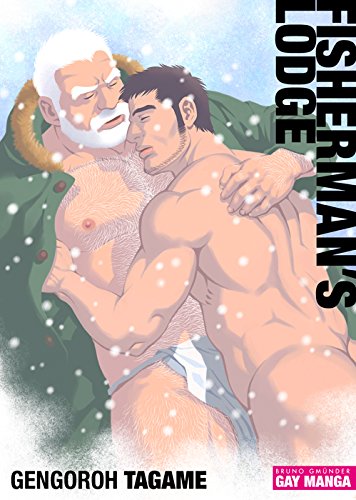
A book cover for Fisherman's Lodge; Gengoroh Tagame; Comics & Graphic Novels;